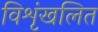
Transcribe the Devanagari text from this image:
विशृंखलित